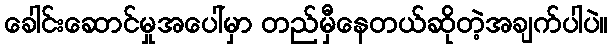
ခေါင်းဆောင်မှုအပေါ်မှာ တည်မှီနေတယ်ဆိုတဲ့အချက်ပါပဲ။